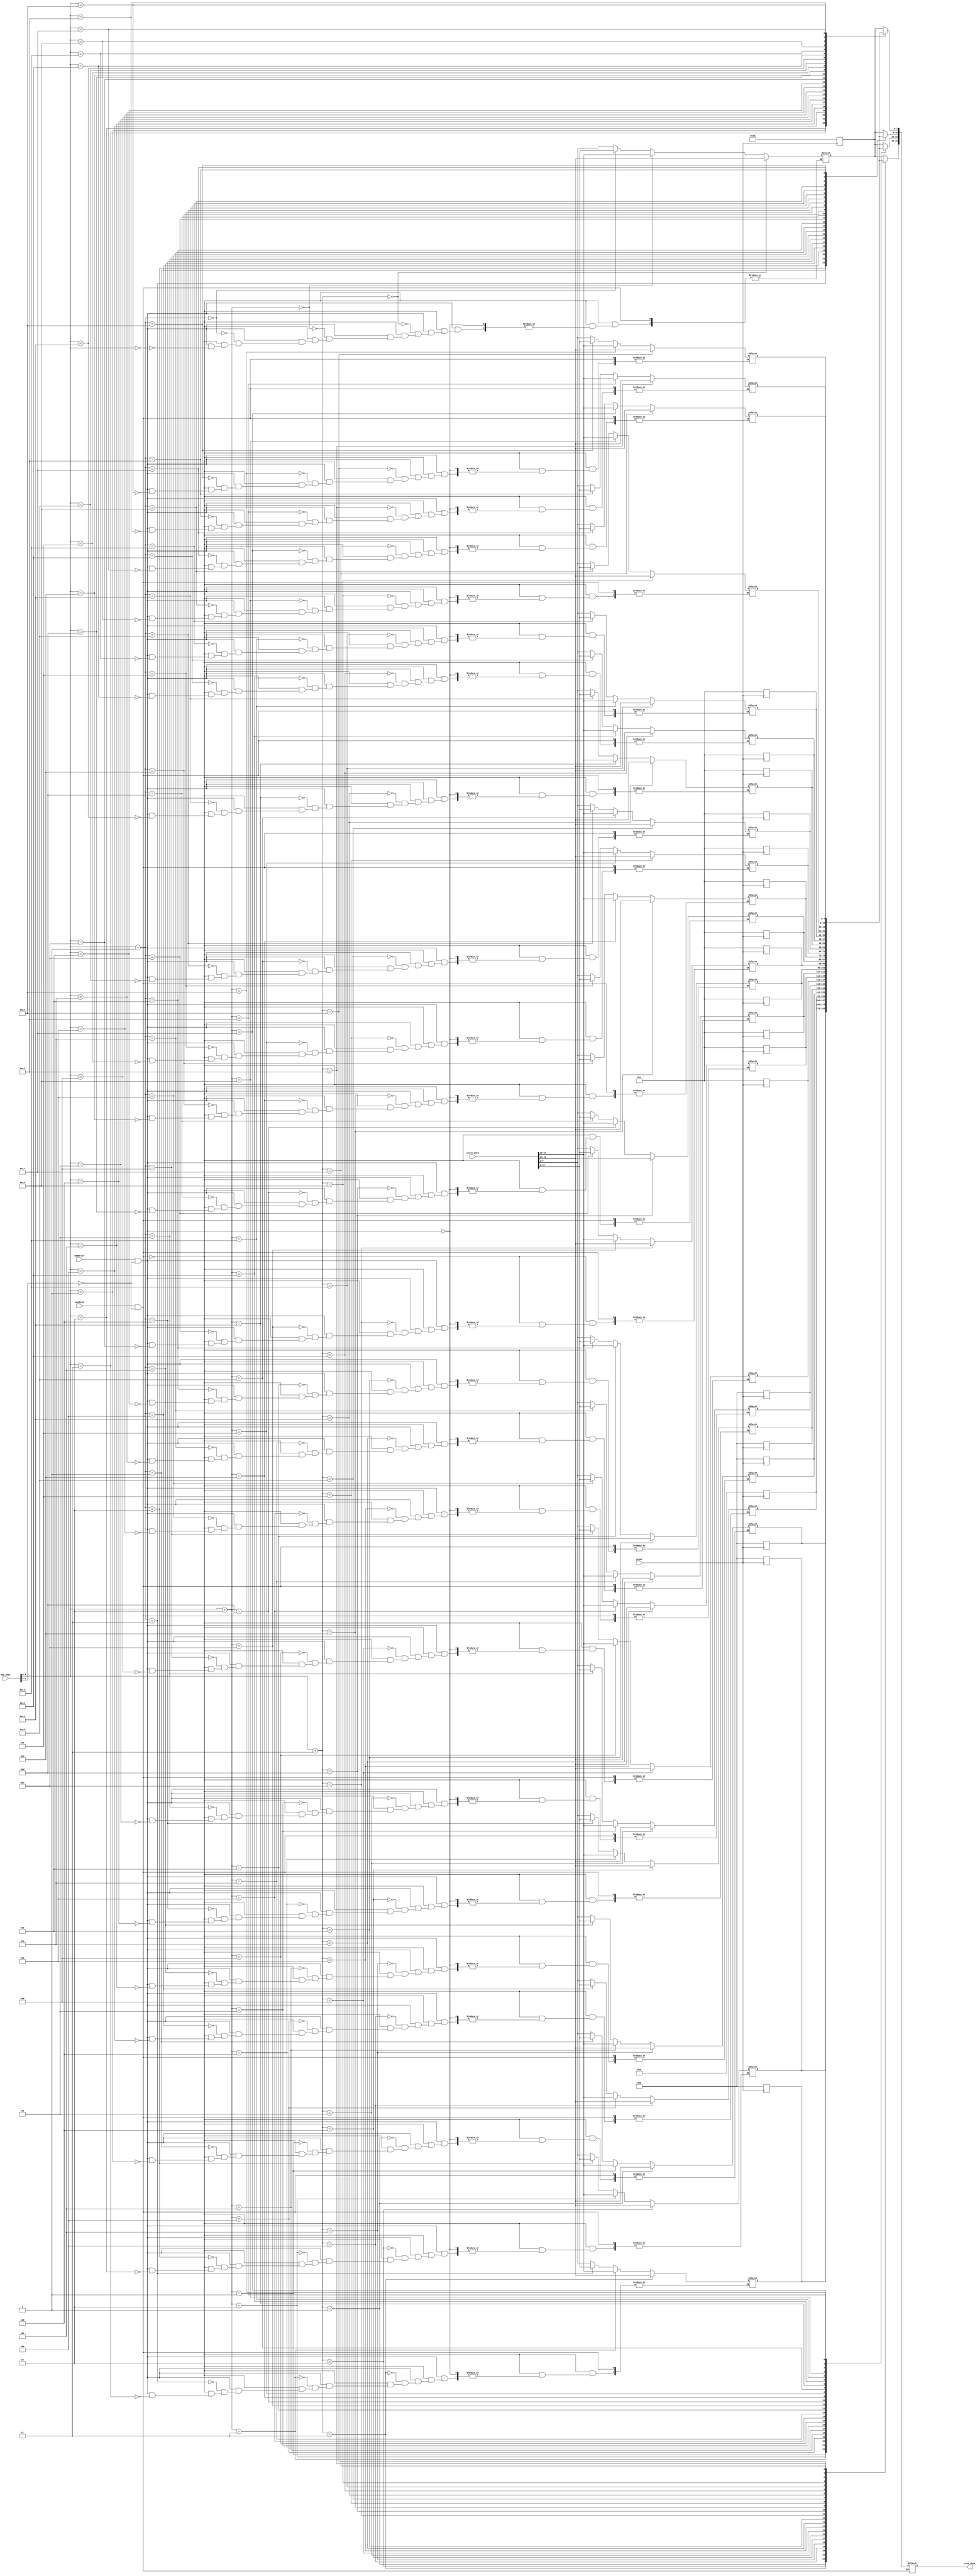
`timescale 1ns / 1ps
//////////////////////////////////////////////////////////////////////////////////
// Company: 
// Engineer: 
// 
// Design Name: 
// Module Name: data_mem
// Project Name: 
// Target Devices: 
// Tool Versions: 
// Description: 
// 
// Dependencies: 
// 
// Revision:
// Revision 0.01 - File Created
// Additional Comments:
// 
//////////////////////////////////////////////////////////////////////////////////


module data_mem(mem_addr,write_data,read_data,memRead,memWrite,reset);
output reg [31:0]read_data;
input [31:0]write_data,mem_addr;
input memWrite,memRead,reset;

reg [7:0] mem [23:0];

always@(negedge reset)
begin
if(reset==0) 
begin 
mem[3] = 0; mem[2] = 0; mem[1] = 0; mem[0] = 35;
mem[7] = 0; mem[6] = 0; mem[5] = 0; mem[4] = 14;
mem[11] = 1; mem[10] = 1; mem[9] = 1; mem[8] = 1;
mem[15] = 1; mem[14] = 1; mem[13] = 1; mem[12] = 1;
mem[19] = 1; mem[18] = 1; mem[17] = 1; mem[16] = 1;
end
end

always@(mem_addr,memRead,memWrite)
begin
if (memRead == 1 && mem_addr[1:0]==2'b00) 
    read_data = {mem[mem_addr+3],mem[mem_addr+2],mem[mem_addr+1],mem[mem_addr]};
else if (memWrite == 1 && mem_addr[1:0]==2'b00) 
    {mem[mem_addr+3],mem[mem_addr+2],mem[mem_addr+1],mem[mem_addr]} = write_data;
end

endmodule